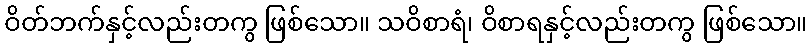
ဝိတ်ဘက်နှင့်လည်းတကွ ဖြစ်သော။ သဝိစာရံ၊ ဝိစာရနှင့်လည်းတကွ ဖြစ်သော။